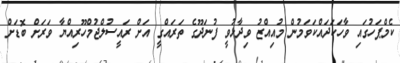
ކެމްޕަހުގައި ވާހަކަދައްކަވަމުން މުއިއްޒު ވިދާޅުވީ ފުނަދޫގެ ތަރައްގީ އަށް ރައީސުލްޖުމްހޫރިއްޔާ ވަރަށް ބޮޑަށް